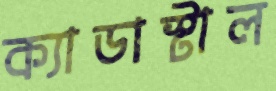
ক্যাডাস্টাল